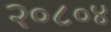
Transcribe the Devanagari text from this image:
२०८०४